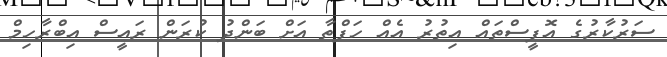
ސަރުކާރުގެ އޮފީސްތައް އިތުރު އެއް ހަފްތާ އަށް ބަންދު ކުރަން ރައީސް އިބްރާހިމް